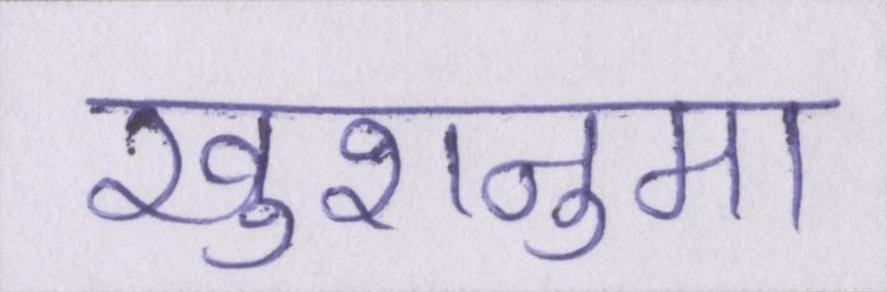
खुशनुमा